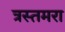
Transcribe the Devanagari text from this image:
त्रस्तमरा